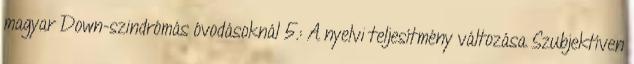
magyar Down-szindrómás óvodásoknál 5.: A nyelvi teljesítmény változása Szubjektíven